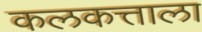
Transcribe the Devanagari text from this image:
कलकत्ताला